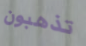
تذهبون